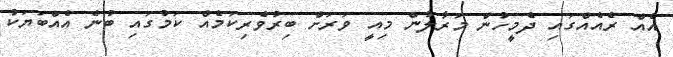
އެއް ރެއެއްގައި ދެމީހުން މަރާލުން މިއީ ވަރަށް ބިރުވެރިކަމެއް ކަމުގައި ބުނެ އެއްބަޔަކު